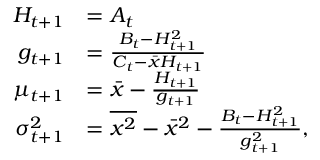
\begin{array} { r l } { H _ { t + 1 } } & { = A _ { t } } \\ { g _ { t + 1 } } & { = \frac { B _ { t } - H _ { t + 1 } ^ { 2 } } { C _ { t } - \bar { x } H _ { t + 1 } } } \\ { \mu _ { t + 1 } } & { = \bar { x } - \frac { H _ { t + 1 } } { g _ { t + 1 } } } \\ { \sigma _ { t + 1 } ^ { 2 } } & { = \overline { { x ^ { 2 } } } - \bar { x } ^ { 2 } - \frac { B _ { t } - H _ { t + 1 } ^ { 2 } } { g _ { t + 1 } ^ { 2 } } , } \end{array}